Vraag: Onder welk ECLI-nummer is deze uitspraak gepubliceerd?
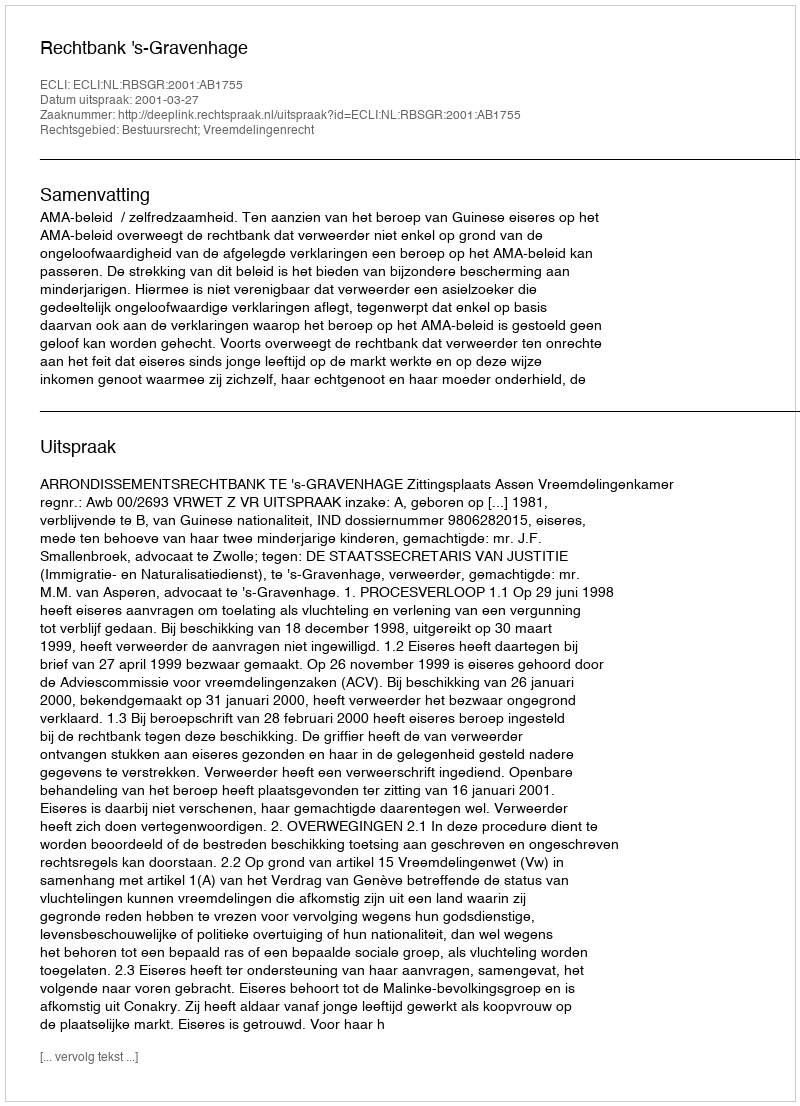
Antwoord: ECLI:NL:RBSGR:2001:AB1755